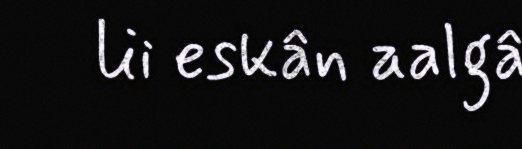
lii eskân aalgâ